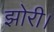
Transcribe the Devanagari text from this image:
झोरी।